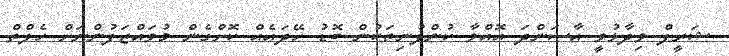
ޝަރީފް ވިދާޅުވީ އާސަންދަ އޮއްވާ ކުންފުނިތަކުން ބޮޑު ހޭދައެއް ކޮށްގެން މުވައްޒަފުންނަށް ހެލްތް